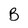
Character: B